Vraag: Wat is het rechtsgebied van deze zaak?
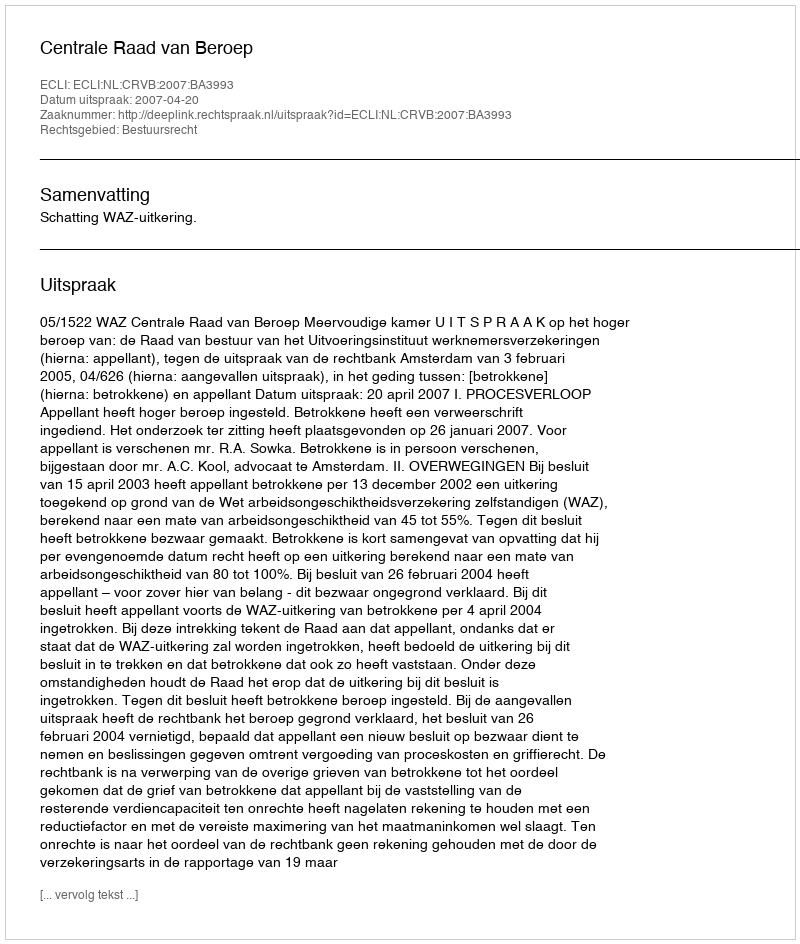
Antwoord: Bestuursrecht